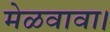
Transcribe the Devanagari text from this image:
मेळवावा।